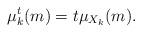
LaTeX: \begin{align*}\mu^t_k(m) = t\mu_{X_k}(m). \end{align*}